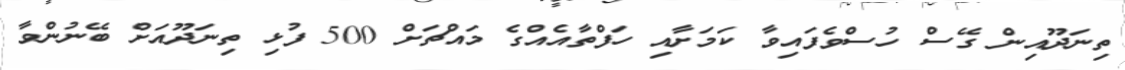
ތިނަދޫއިން ގޭސް ހުސްވެފައިވާ ކަމަށާއި ހަފްތާއެއްގެ މައްޗަށް 500 ފުޅި ތިނަދޫއަށް ބޭނުންވާ